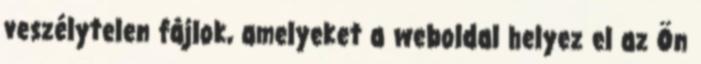
veszélytelen fájlok, amelyeket a weboldal helyez el az Ön